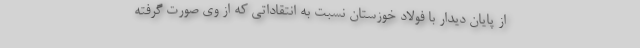
از پایان دیدار با فولاد خوزستان نسبت به انتقاداتی که از وی صورت گرفته